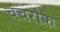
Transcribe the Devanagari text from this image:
चंचरोक